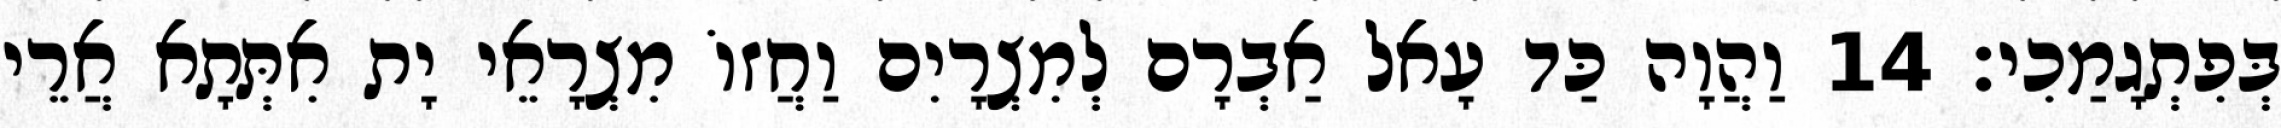
בְּפִתְגָמַכִי׃ 14 וַהֲוָה כַּד עָאל אַבְרָם לְמִצְרָיִם וַחֲזוֹ מִצְרָאֵי יָת אִתְּתָא אֲרֵי